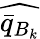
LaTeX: \widehat{\bar{q}_{B_{k}}}